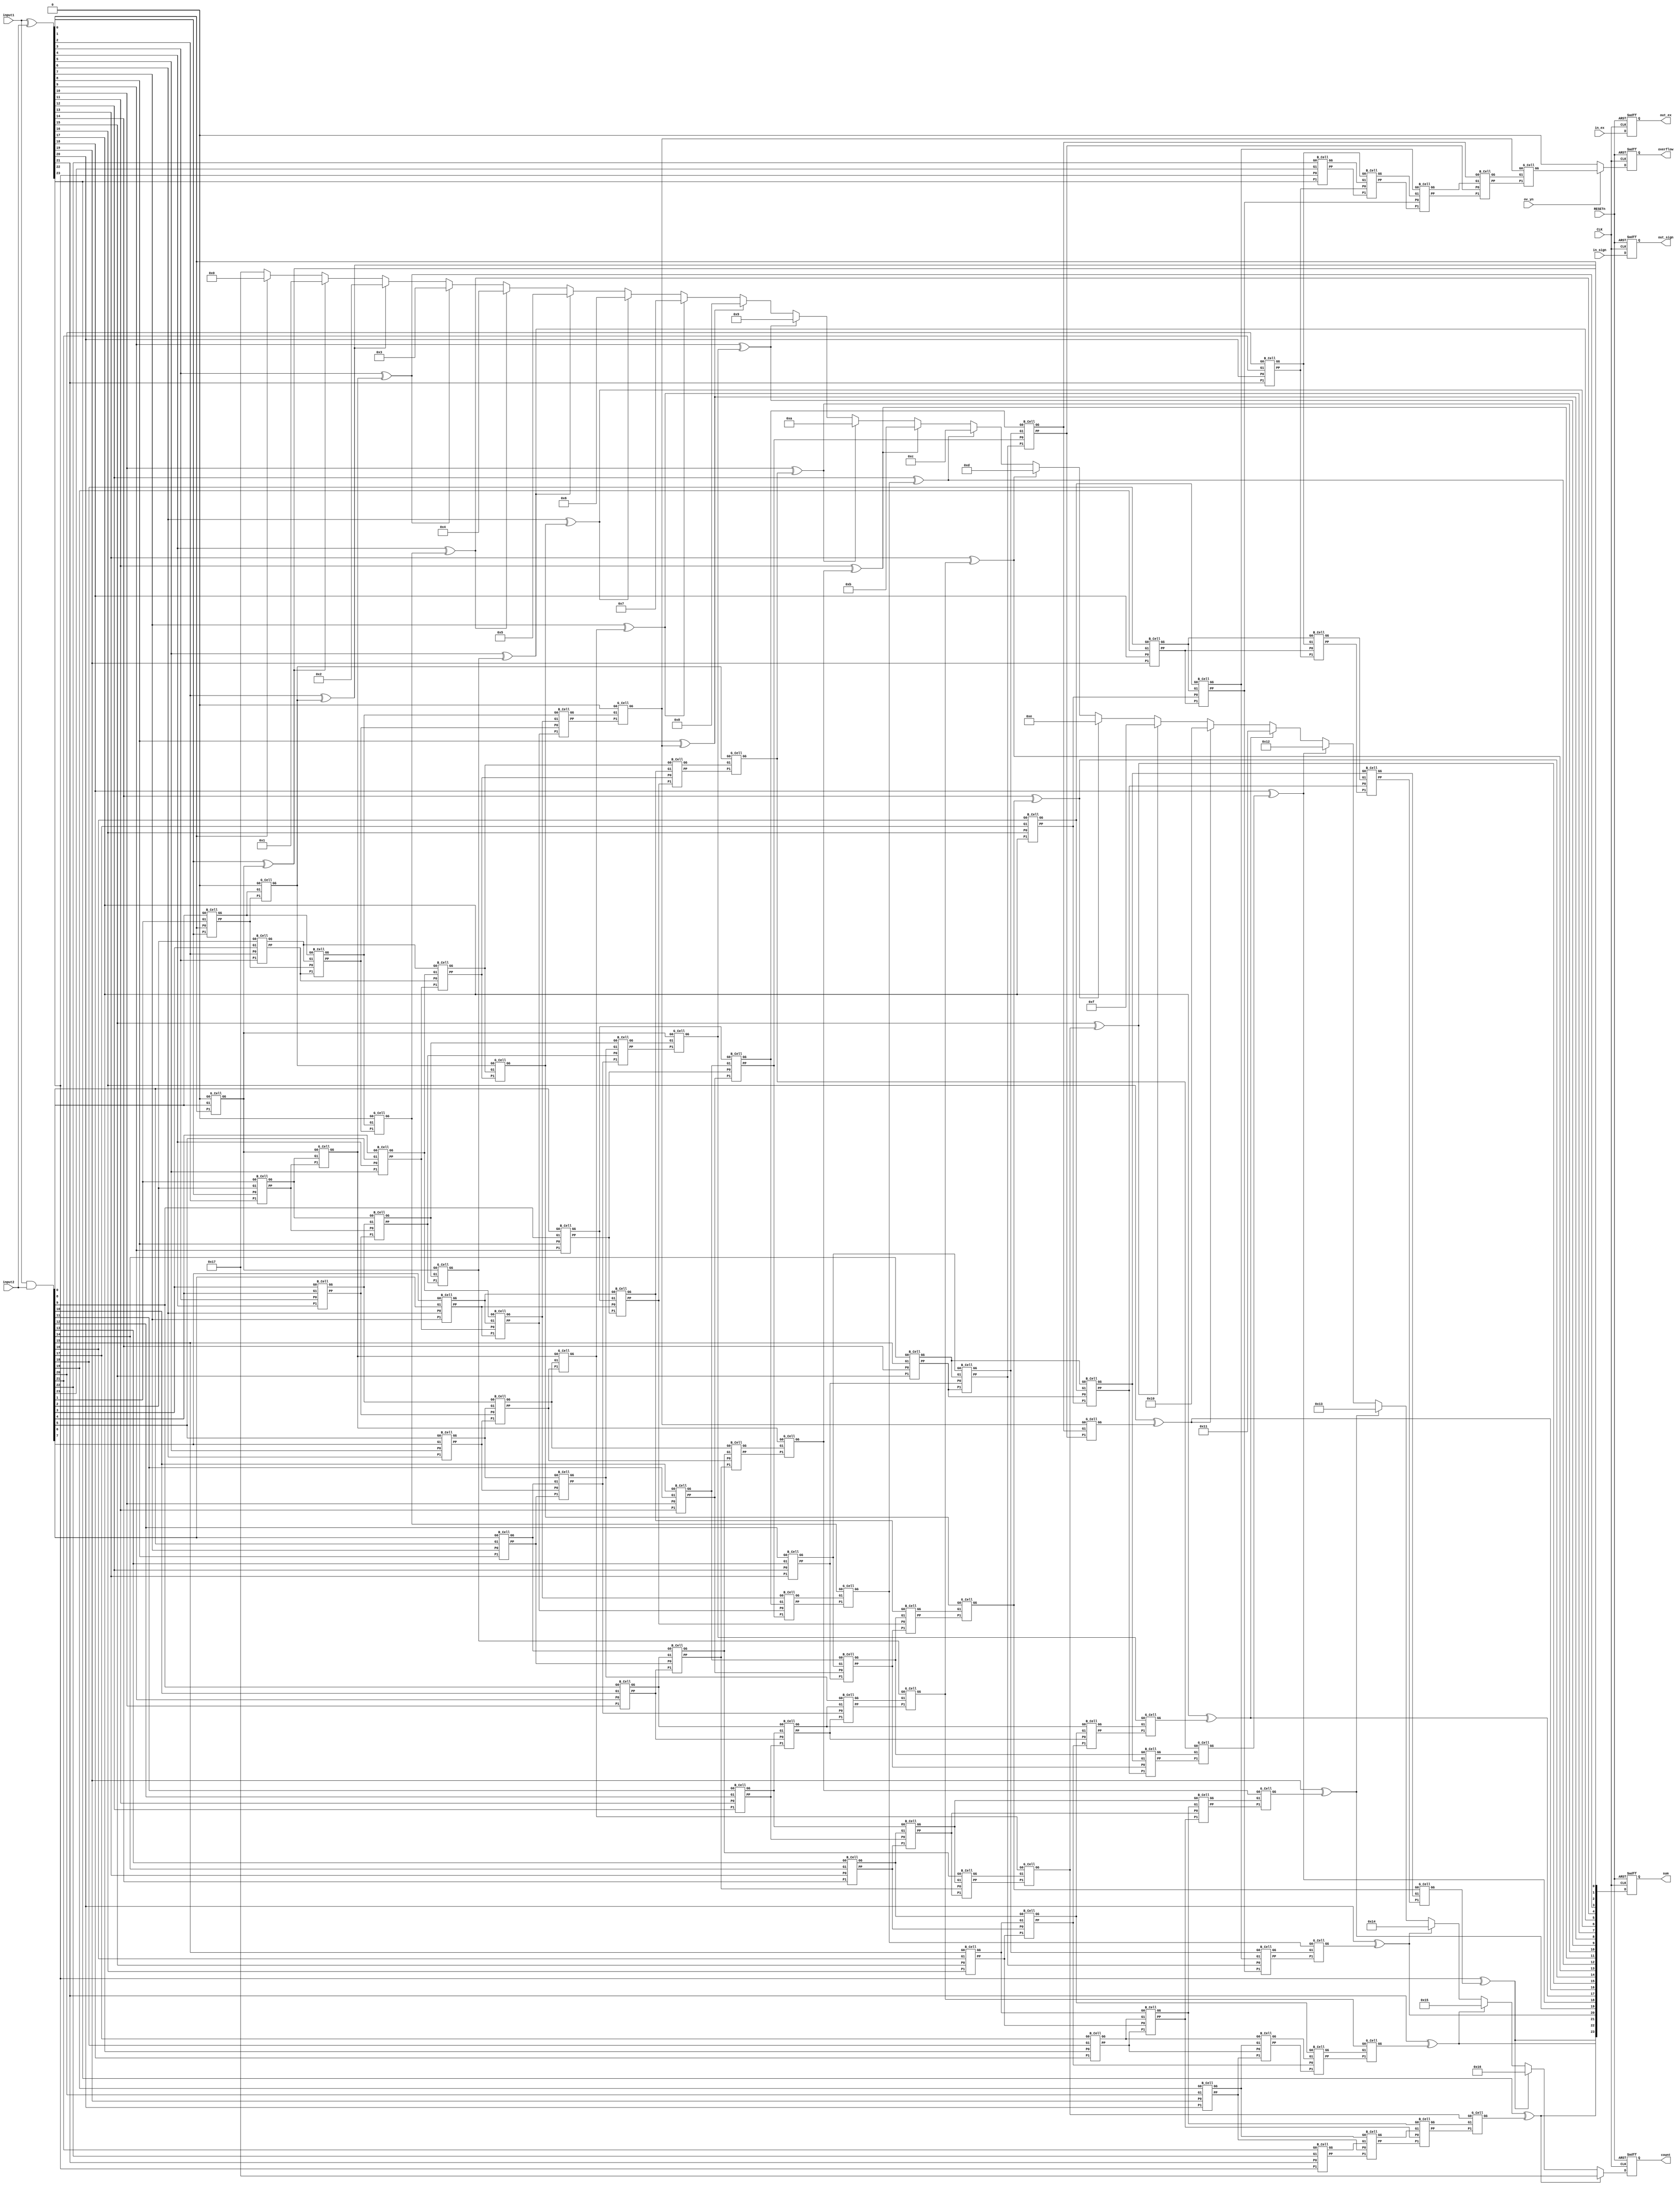
`timescale 1ns / 1ps
//////////////////////////////////////////////////////////////////////////////////
// Company: 
// Engineer: 
// 
// Design Name: 
// Module Name:    mac_step4 
// Project Name: 
// Target Devices: 
// Tool versions: 
// Description: 
//
// Dependencies: 
//
// Revision: 
// Revision 0.01 - File Created
// Additional Comments: 
//
//////////////////////////////////////////////////////////////////////////////////
module mac_step4(CLK, RESETn, in_sign, in_ex, input1, input2, ov_yn, sum, overflow, count, out_sign, out_ex);
	input CLK, RESETn;
	input in_sign, ov_yn;
	input [7:0] in_ex;
	input [23:0] input1, input2;
	
	output reg [23:0] sum;
	output reg overflow;
	output reg [4:0] count;
	
	output reg out_sign;
	output reg [7:0] out_ex;
	
	
	
	///P0, G0 //////////////////////////////////////
	wire [24:0] P0;
	assign P0[24:1] = input1 ^ input2;
	assign P0[0] = 0;
		
	wire [24:0] G0;
	assign G0[24:1] = input1 & input2;
	assign G0[0] = 0;
		
		
	///P1, G1 /////////////////////////////////////////////
	wire [24:0] P1, G1, GG;
	assign GG[0] = G0[0];
	
	G_Cell G_U1(.G0(G0[0]), .G1(G0[1]), .P1(P0[1]), .GG(GG[1]));
	
	genvar i;
	generate
		for(i=2 ; i<= 24; i=i+1)begin: loop_KS1
			B_Cell B_U1(.G0(G0[i-1]), .G1(G0[i]), .P0(P0[i-1]), .P1(P0[i]), .PP(P1[i]), .GG(G1[i]));
		end
	endgenerate
	
	assign G1[1:0] = GG[1:0];	
	
	
	///P2, G2  ///////////////////////////////////////////////
	wire [24:0] P2, G2;
	G_Cell G_U21(.G0(G1[0]), .G1(G1[2]), .P1(P1[2]), .GG(GG[2]));	
	G_Cell G_U22(.G0(G1[1]), .G1(G1[3]), .P1(P1[3]), .GG(GG[3]));
	
	genvar j;
	generate
		for(j=4 ; j<=24 ; j=j+1) begin: loop_KS2_B
			B_Cell B_U2(.G0(G1[j-2]), .G1(G1[j]), .P0(P1[j-2]), .P1(P1[j]), .PP(P2[j]), .GG(G2[j]));
		end
	endgenerate
		
	assign G2[3:0] = GG[3:0];
	
	
	//P3, G3 ///////////////////////////////////
	wire [24:0] P3, G3;
	
	genvar k;
	generate
		for(k=4 ; k<=7 ; k=k+1) begin: loop_KS3_G
			G_Cell G_U3(.G0(G2[k-4]), .G1(G2[k]), .P1(P2[k]), .GG(GG[k]));
		end
	endgenerate
	
	genvar l;
	generate
		for(l=8 ; l<=24 ; l=l+1) begin: loop_KS3_B
			B_Cell B_U3(.G0(G2[l-4]), .G1(G2[l]), .P0(P2[l-4]), .P1(P2[l]), .PP(P3[l]), .GG(G3[l]));
		end
	endgenerate
	
	assign G3[7:0] = GG[7:0];
	
	
	//P4, G4 ////////////////////////////////////
	wire [24:0] P4, G4;
	
	genvar m;
	generate
		for(m=8 ; m<=15 ; m=m+1) begin: loop_KS4_G
			G_Cell G_U4(.G0(G3[m-8]), .G1(G3[m]), .P1(P3[m]), .GG(GG[m]));
		end
	endgenerate
	
	assign P4[23:0] = P3[23:0];
	
	B_Cell B_U4(.G0(G3[16]), .G1(G3[24]), .P0(P3[16]), .P1(P3[24]), .PP(P4[24]), .GG(G4[24]));
	
	assign G4[23:16] = G3[23:16];
	assign G4[15:0] = GG[15:0];
	
	
	//GG  /////////////////////////////////
	
	genvar n;
	generate
		for(n=16 ; n<=23 ; n=n+1) begin: loop_KS5_G
			G_Cell G_U5(.G0(G4[n-8]), .G1(G4[n]), .P1(P4[n]), .GG(GG[n]));
		end
	endgenerate
		
	G_Cell G_U6(.G0(G4[8]), .G1(G4[24]), .P1(P4[24]), .GG(GG[24]));
	
	
	//Summation//////////////////////////////////
	wire [24:1] S;
	
	genvar o;
	generate
		for (o=1 ; o<=24 ; o=o+1) begin: KS6_loop
			assign S[o] = P0[o] ^ GG[o-1];
		end
	endgenerate
	
	//overflow/////////////////////////////////////
	wire ov;
	
	assign ov = (ov_yn) ? GG[24] : 0;
	//in_yn (s_A, s_B  0 - overflow ,  1 - overflow=cout
	
	
	//firstone detection///////////////////////////////////
	always@(posedge CLK, negedge RESETn) begin
		if(!RESETn)	count = 23;
		else if (S[24]==1) count = 23;
		else if (S[23]==1) count = 22;
		else if (S[22]==1) count = 21;
		else if (S[21]==1) count = 20;
		else if (S[20]==1) count = 19;
		else if (S[19]==1) count = 18;
		else if (S[18]==1) count = 17;
		else if (S[17]==1) count = 16;
		else if (S[16]==1) count = 15;
		else if (S[15]==1) count = 14;
		else if (S[14]==1) count = 13;
		else if (S[13]==1) count = 12;
		else if (S[12]==1) count = 11;
		else if (S[11]==1) count = 10;
		else if (S[10]==1) count = 9;
		else if (S[9]==1) count = 8;
		else if (S[8]==1) count = 7;
		else if (S[7]==1) count = 6;
		else if (S[6]==1) count = 5;
		else if (S[5]==1) count = 4;
		else if (S[4]==1) count = 3;
		else if (S[3]==1) count = 2;
		else if (S[2]==1) count = 1;
		else if (S[1]==1) count = 0;
		else count = 23;
	end
	
	
	
	
	
	
	///////////////////////////////////////////////
	always@(posedge CLK, negedge RESETn)begin
			if(!RESETn) begin
				out_sign <= 0;
				out_ex <= 0;
				
				sum <= 0;
				overflow <= 0;
			end
			else begin
				out_sign <= in_sign;
				out_ex <= in_ex;
				
				sum <= S;
				overflow <= ov;
			end
		end	
	
endmodule


//////////////////////////////////////////////////////////////////////////////////
module B_Cell(G0, G1, P0, P1, PP, GG);
	input G0, G1, P0, P1;
	output GG, PP;
	
	assign GG = G1 | (P1 & G0);
	assign PP = P0 & P1;
endmodule
//B_Cell = G_k-1:l, G_i:k, P_k-1:l, P_i:k >> G_i:l, P_i:l

module G_Cell(G0, G1, P1, GG);
	input G0, G1, P1;
	output GG;
	
	assign GG = G1 | (P1 & G0);
endmodule
//G_Cell = G_k-1:l, G_i:k, P_i:k >> G_i:0